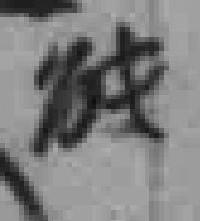
能